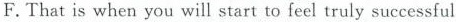
F.That is when you will start to feel truly successful